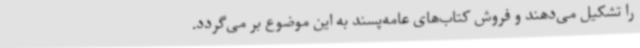
را تشکیل می‌دهند و فروش کتاب‌های عامه‌پسند به این موضوع بر می‌گردد.